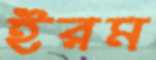
ইরম